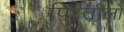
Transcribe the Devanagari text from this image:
पिस्तौलो